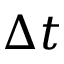
\Delta t